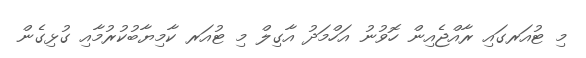
މި ޓުއަރގައި ރާއްޖެއިން ހޮވުނު އަހްމަދު އާގިލް މި ޓުއަރ ކާމިޔާބުކުރުމާއި ގުޅިގެން